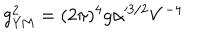
LaTeX: g _ { \mathrm { Y M } } ^ { 2 } = ( 2 \pi ) ^ { 4 } g \alpha ^ { 3 / 2 } V ^ { - 4 }